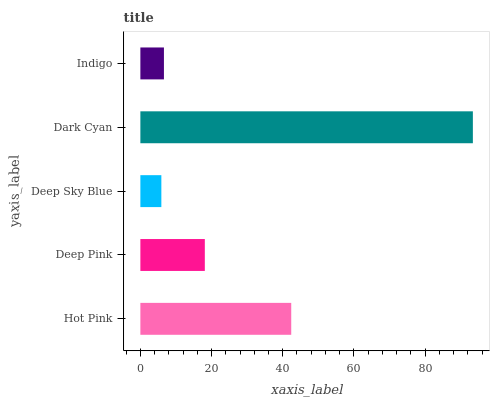
| yaxis_label | bars |
 | --- | --- |
 | Hot Pink | 42.4 |
 | Deep Pink | 18.1 |
 | Deep Sky Blue | 5.9 |
 | Dark Cyan | 93.4 |
 | Indigo | 6.62 |